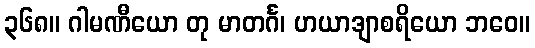
၃၆၈။ ဂါမဏီယော တု မာတင်္ဂ၊ ဟယာဒျာစရိယော ဘဝေ။